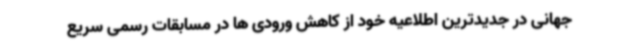
جهانی در جدیدترین اطلاعیه خود از کاهش ورودی ها در مسابقات رسمی سریع